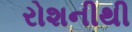
રોશનીથી